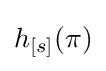
h_{[s]}(\mathbf {\pi } )